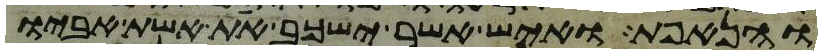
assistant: והנאפת ואיש אשר ישכב את אשת אביו